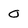
Character: o